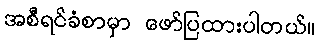
အစီရင်ခံစာမှာ ဖော်ပြထားပါတယ်။